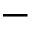
-